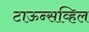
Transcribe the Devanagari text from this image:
टाऊन्सव्हिल